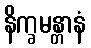
နိက္ခမန္တာနံ